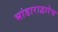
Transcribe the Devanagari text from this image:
भांडाराद्वारेच